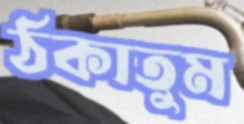
ঠকাতুম